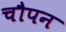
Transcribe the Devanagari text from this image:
चौपन